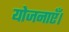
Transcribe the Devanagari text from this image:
योजनाएँ।